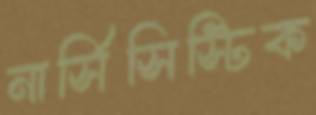
নার্সিসিস্টিক